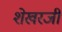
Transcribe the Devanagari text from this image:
शेखरजी